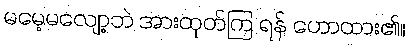
မမေ့မလျော့ဘဲ အားထုတ်ကြ ရန် ဟောထား၏။